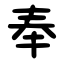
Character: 奉